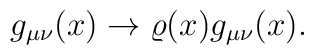
g_{\mu\nu}(x)\rightarrow \varrho(x)g_{\mu\nu}(x).